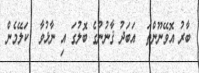
ބާރު އޮވޭނޫންތަ  އަބަދު ޤާނުނުގެ ބޮލުގަ އި ނާޅުވާ  ކަލޭމެން